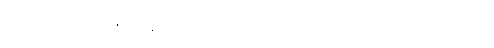
ရှေ့ပြေးနေတဲ့ လက်ရှိအလုပ်နှင့် အာဏာရပြီးနောက်ပိုင်း ဘယ်ကျော့်ကို ချိုးဖောက်ဝင်ရောက်ကာ